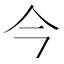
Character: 今